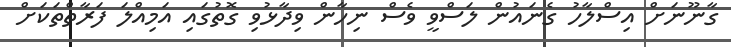
ގާނޫނަށް އިސްލާހު ގެނައުން ލަސްވީ ވެސް ނިހާން ވިދާޅުވި ގޮތުގައި އަމިއްލަ ފަރާތްތަކަށް